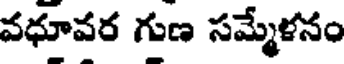
వధూవర గుణ సమ్మేళనం